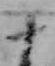
十